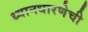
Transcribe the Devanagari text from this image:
ध्यानधारणेची